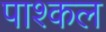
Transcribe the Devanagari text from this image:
पाश्कल